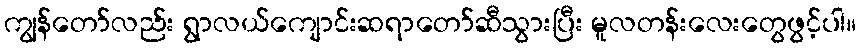
ကျွန်တော်လည်း ရွာလယ်ကျောင်းဆရာတော်ဆီသွားပြီး မူလတန်းလေးတွေဖွင့်ပါ။